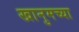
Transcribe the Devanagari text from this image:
खानुमच्या